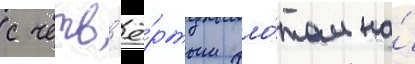
с четв'ё́ртым фло́том на́